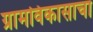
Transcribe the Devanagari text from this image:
ग्रामविकासाचा